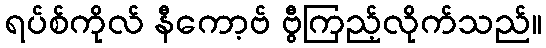
ရပ်စ်ကိုလ် နီကော့ဗ် ဗွီကြည့်လိုက်သည်။